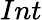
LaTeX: Int